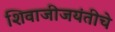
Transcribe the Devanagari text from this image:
शिवाजीजयंतीचे